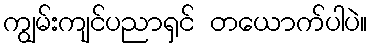
ကျွမ်းကျင်ပညာရှင် တယောက်ပါပဲ။